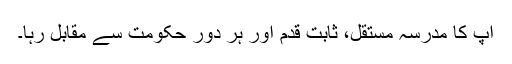
آپ کا مدرسہ مستقل، ثابت قدم اور ہر دورِ حکومت سے مقابل رہا۔